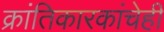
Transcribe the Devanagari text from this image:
क्रांतिकारकांचेही